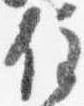
住